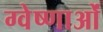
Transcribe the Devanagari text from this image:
ग्वेष्णाओं